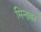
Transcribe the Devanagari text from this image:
मिन्तक़ा